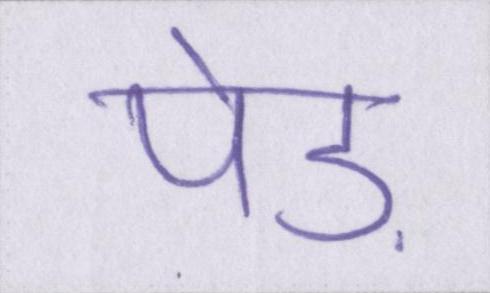
पेड़